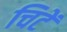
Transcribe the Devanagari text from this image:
चिटें